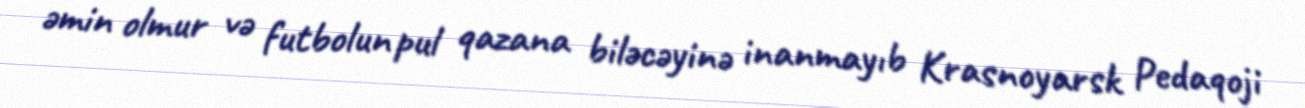
əmin olmur və futbolun pul qazana biləcəyinə inanmayıb Krasnoyarsk Pedaqoji